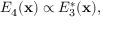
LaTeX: E _ { 4 } ( \mathbf { x } ) \propto E _ { 3 } ^ { * } ( \mathbf { x } ) ,